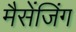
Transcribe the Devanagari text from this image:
मैसेंजिंग